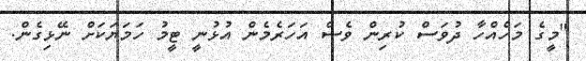
"މީގެ މަހެއްހާ ދުވަސް ކުރިން ވެސް އަހަރެމެން އުޅުނީ ޓީމު ހަމަޔަކަށް ނޭޅިގެން.